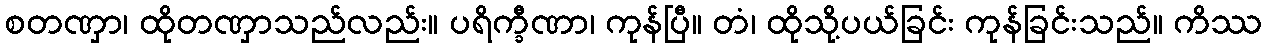
စတဏှာ၊ ထိုတဏှာသည်လည်း။ ပရိက္ခီဏာ၊ ကုန်ပြီ။ တံ၊ ထိုသို့ပယ်ခြင်း ကုန်ခြင်းသည်။ ကိဿ